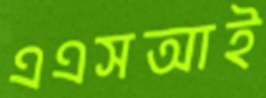
এএসআই